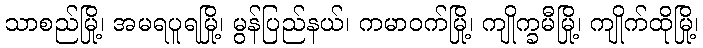
သာစည်မြို့၊ အမရပူရမြို့၊ မွန်ပြည်နယ်၊ ကမာဝက်မြို့၊ ကျိုက္ခမီမြို့၊ ကျိုက်ထိုမြို့၊